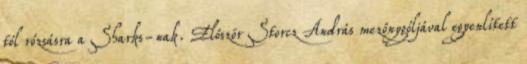
tól rózsásra a Sharks-nak. Először Storcz András mezőnygóljával egyenlített